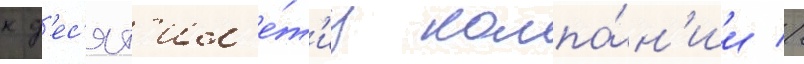
к д'ес'ят'ил'е́т'иу компа́н'ии //